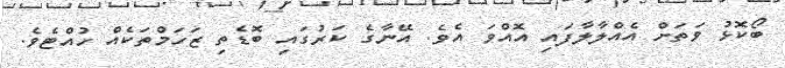
ބޯކޮޅު ވަތަށް އެއްލާލާފައި އޮއްވަ އެވެ. އޭނާގެ ކަރުގައި ބޮޑެތި ޒަހަމްތަކެއް ހުއްޓެވެ.